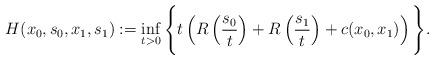
LaTeX: \begin{align*}H(x_0,s_0,x_1,s_1):= \inf_{t >0} \Bigg\{t\left(R\left(\frac{s_0}{t}\right) + R\left(\frac{s_1}{t}\right) + c(x_0,x_1)\right)\Bigg\}.\end{align*}